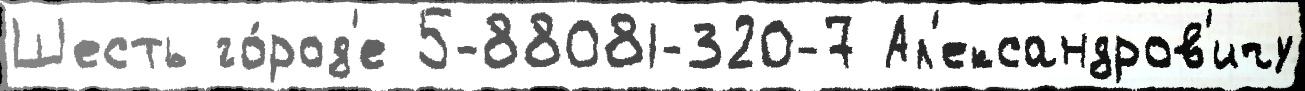
Шесть го́род'е 5-88081-320-7 Ал'ександров'ичу